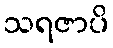
သရဇာပိ